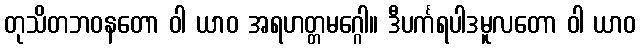
တုသိတဘဝနတော ဝါ ယာဝ အရဟတ္တမဂ္ဂေါ။ ဒီပင်္ကရပါဒမူလတော ဝါ ယာဝ